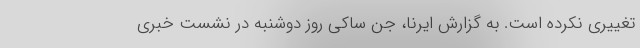
تغییری نکرده است. به گزارش ایرنا، جن ساکی روز دوشنبه در نشست خبری